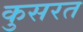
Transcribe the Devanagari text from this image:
कुसरत